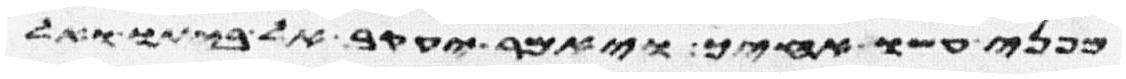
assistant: מפני עשו אחיך ויאמר יעקב אל ביתו ואל